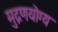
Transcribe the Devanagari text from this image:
मुद्रणयोग्य